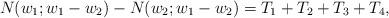
LaTeX: \begin{align*} N(w_1; w_1 - w_2) - N(w_2; w_1 - w_2)=T_1 + T_2 + T_3 + T_4 , \end{align*}